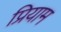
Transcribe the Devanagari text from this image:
प्रियाम